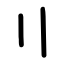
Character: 〢